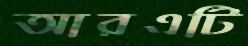
আরএটি